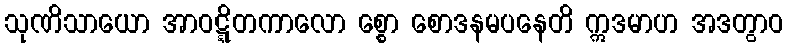
သုဏိသာယော အာဝဋ္ဋိတကာလော စ္စော စောဒနမပနေတိ ဣဒမာဟ အဒတွာဝ